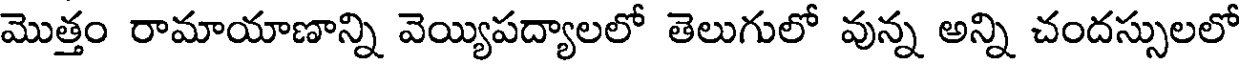
మొత్తం రామాయాణాన్ని వెయ్యిపద్యాలలో తెలుగులో వున్న అన్ని చందస్సులలో